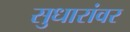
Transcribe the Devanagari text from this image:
सुधारांवर